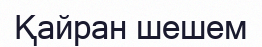
Қайран шешем